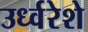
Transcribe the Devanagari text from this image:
उर्ध्वरेशे